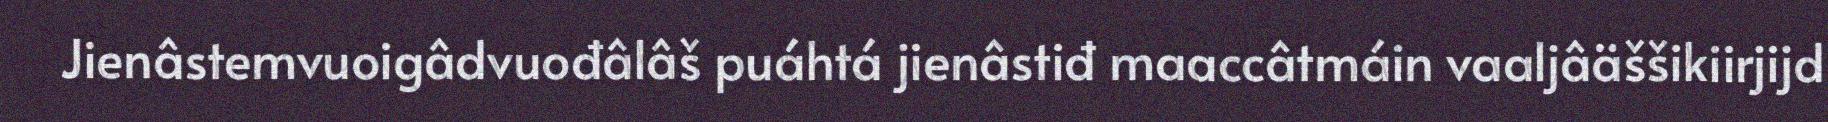
Jienâstemvuoigâdvuođâlâš puáhtá jienâstiđ maaccâtmáin vaaljâäššikiirjijd